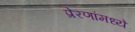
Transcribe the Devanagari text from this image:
प्रेरणांमध्ये